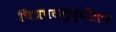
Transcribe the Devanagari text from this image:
चित्रपटसृष्टीतच